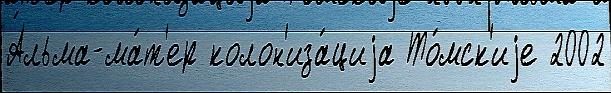
А́льма-ма́т'ер колон'иза́циjа То́мск'иjе 2002